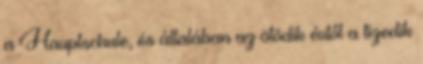
a Hauptschule, és általában az ötödik évtől a tizedik